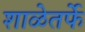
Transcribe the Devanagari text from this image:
शाळेतर्फे